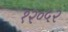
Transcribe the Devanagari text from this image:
१२०५२